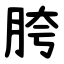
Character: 胯